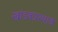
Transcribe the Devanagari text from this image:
खांडवप्रस्थाचे